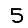
Digit: 5